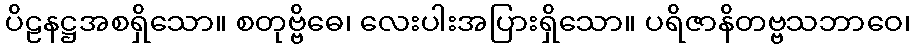
ပိဠနဋ္ဌအစရှိသော။ စတုဗ္ဗိဓေ၊ လေးပါးအပြားရှိသော။ ပရိဇာနိတဗ္ဗသဘာဝေ၊